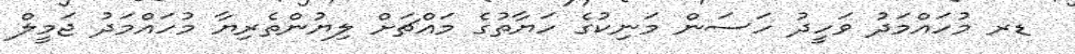
ޑރ މުހައްމަދު ވަހީދު ހަސަން މަނިކުގެ ހަޔާތުގެ މައްޗަށް ލިޔުންތެރިޔާ މުހައްމަދު ޖަމީލް